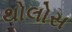
થોલોસ